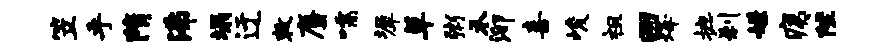
笠乎隋沸塌迂敕麝嚅墀草粥禾泖喜峻祖回烽摭刹嫌痍陛